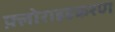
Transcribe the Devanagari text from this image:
फ़्लोराइडकरण